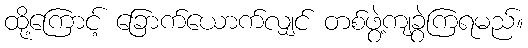
ထို့ကြောင့် ခြောက်ယောက်လျှင် တစ်ဖွဲ့ကျခွဲကြရမည်။